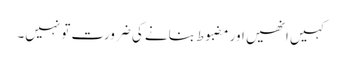
کہیں انھیں اور مضبوط بنانے کی ضرورت تو نہیں۔